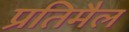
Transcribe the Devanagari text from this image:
प्रतिमैल